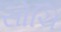
સોચિ